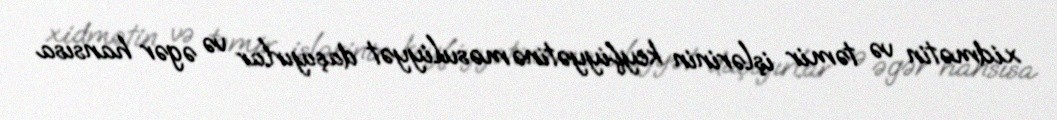
xidmətin və təmir işlərinin keyfiyyətinə məsuliyyət daşıyırlar və əgər hansısa